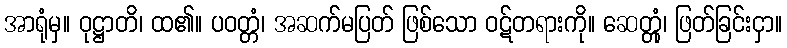
အာရုံမှ။ ဝုဋ္ဌာတိ၊ ထ၏။ ပဝတ္တံ၊ အဆက်မပြတ် ဖြစ်သော ဝဋ်တရားကို။ ဆေတ္တုံ၊ ဖြတ်ခြင်းငှာ။